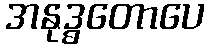
အနုဒ္ဓတောပေ